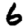
Digit: 6